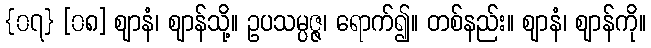
{၀၇} [၀၈] ဈာနံ၊ ဈာန်သို့။ ဥပသမ္ပဇ္ဇ၊ ရောက်၍။ တစ်နည်း။ ဈာနံ၊ ဈာန်ကို။